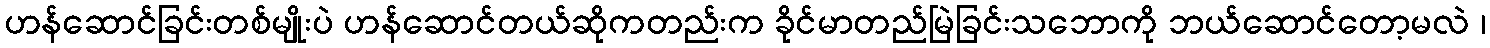
ဟန်ဆောင်ခြင်းတစ်မျိုးပဲ ဟန်ဆောင်တယ်ဆိုကတည်းက ခိုင်မာတည်မြဲခြင်းသဘောကို ဘယ်ဆောင်တော့မလဲ ၊